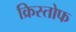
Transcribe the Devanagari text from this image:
क्रिस्तोफ